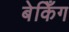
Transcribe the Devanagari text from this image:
बेकिँग